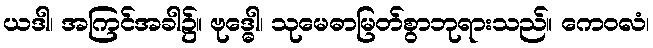
ယဒါ၊ အကြင်အခါ၌။ ဗုဒ္ဓေါ၊ သုမေဓာမြတ်စွာဘုရားသည်။ ကေဝလံ၊